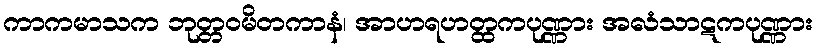
ကာကမာသက ဘုတ္တဝမိတကာနံ၊ အာဟရဟတ္ထကပုဏ္ဏား အလံသာဋကပုဏ္ဏား